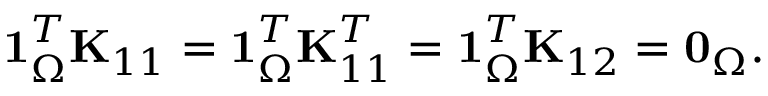
\begin{array} { r } { \mathbf { 1 } _ { \Omega } ^ { T } \mathbf { K } _ { 1 1 } = \mathbf { 1 } _ { \Omega } ^ { T } \mathbf { K } _ { 1 1 } ^ { T } = \mathbf { 1 } _ { \Omega } ^ { T } \mathbf { K } _ { 1 2 } = \mathbf { 0 } _ { \Omega } . } \end{array}